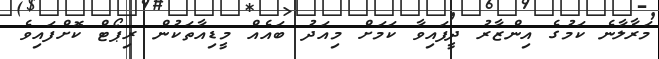
މަރާލާނެ ކަމުގެ އިންޒާރު ދީފައިވާ ކަމަށް މިއަދު ބައެއް މީޑިއާތަކުން ރިޕޯޓް ކޮށްފައިވެ